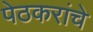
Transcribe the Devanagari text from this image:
पेठकरांचे